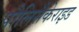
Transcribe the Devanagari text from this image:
पौलिसैकेराइड